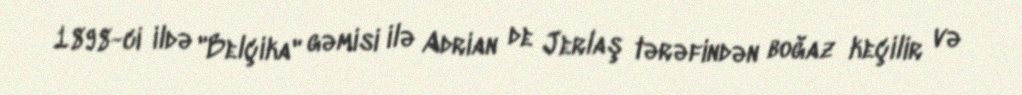
1898-ci ildə "Belçika" gəmisi ilə Adrian de Jerlaş tərəfindən boğaz keçilir və